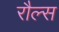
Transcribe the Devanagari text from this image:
रौल्स